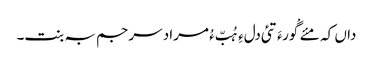
داں کہ مئے گْورءَ تئی دلءِ ہُبّ ءُ مراد سرجم بہ بنت۔